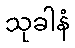
သုခါနံ